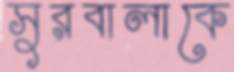
সুরবালাকে